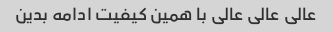
عالی عالی عالی با همین کیفیت ادامه بدین